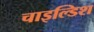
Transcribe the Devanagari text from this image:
चाइल्डिश